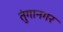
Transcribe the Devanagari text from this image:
तुंगानगर